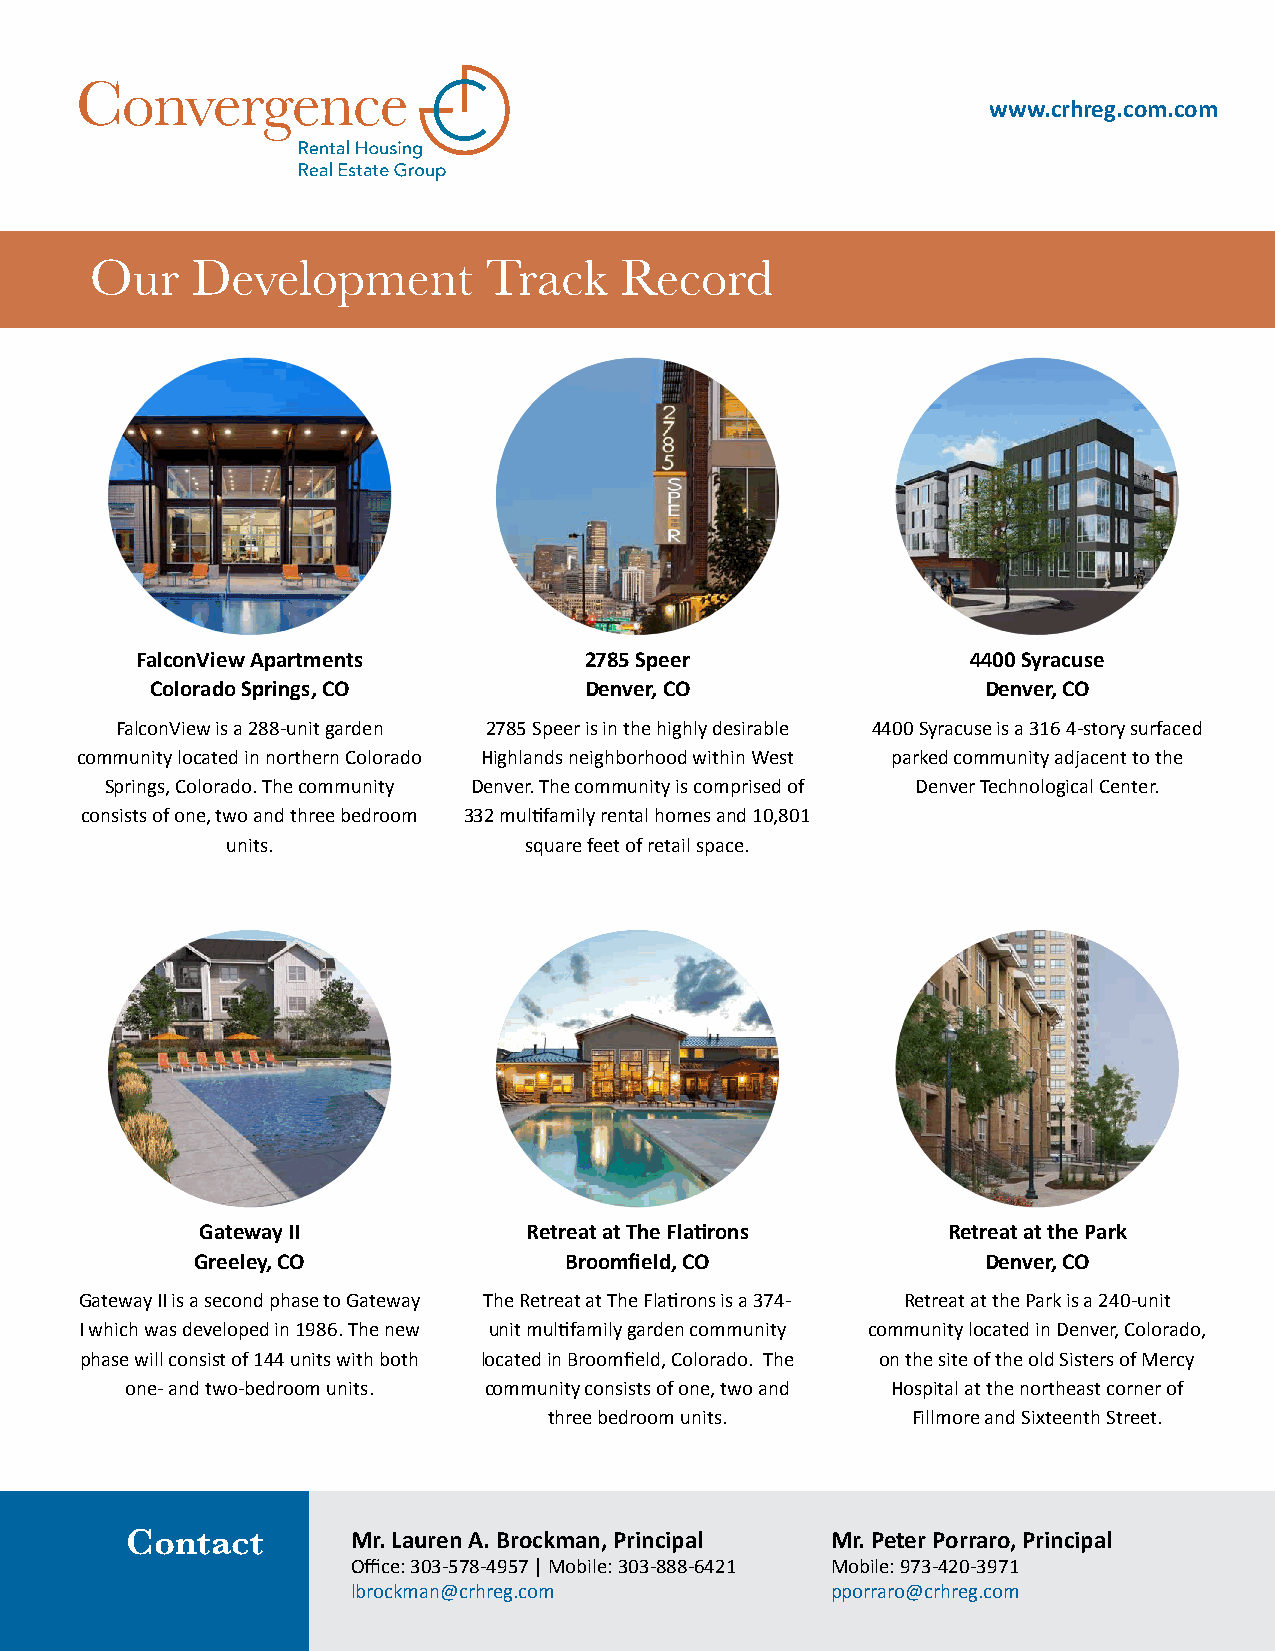
www.crhreg.com.com
 Our    Development        Track    Record
 FalconView Apartments         2785 Speer               4400 Syracuse
 Colorado Springs, CO         Denver, CO                Denver, CO
 FalconView is a 288-unit garden 2785 Speer is in the highly desirable 4400 Syracuse is a 316 4-story surfaced
 community located in northern Colorado Highlands neighborhood within West parked community adjacent to the
 Springs, Colorado. The community Denver. The community is comprised of Denver Technological Center.
 consists of one, two and three bedroom 332 multifamily rental homes and 10,801
 units.              square feet of retail space.
 Gateway II            Retreat at The Flatirons    Retreat at the Park
 Greeley, CO             Broomfield, CO              Denver, CO
 Gateway II is a second phase to Gateway The Retreat at The Flatirons is a 374- Retreat at the Park is a 240-unit
 I which was developed in 1986. The new unit multifamily garden community community located in Denver, Colorado,
 phase will consist of 144 units with both located in Broomfield, Colorado. The on the site of the old Sisters of Mercy
 one- and two-bedroom units. community consists of one, two and Hospital at the northeast corner of
 three bedroom units.    Fillmore and Sixteenth Street.
 Contact        Mr. Lauren A. Brockman, Principal Mr. Peter Porraro, Principal
 Office: 303-578-4957 | Mobile: 303-888-6421 Mobile: 973-420-3971
 lbrockman@crhreg.com            pporraro@crhreg.com